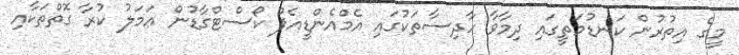
މީގެ އިތުރުން ކަނޑުމަތީގައި ދިމާވާ ހާދިސާތަކުގައި އެމްއެންޑީއެފް ކޯސްޓްގާޑުން ޢަމަލު ކުރާ ގޮތްތަކާއި